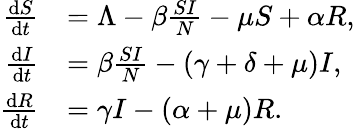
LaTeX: \begin{array}{rl}{\frac{\mathrm{d}S}{\mathrm{d}t}}&{=\Lambda-\beta\frac{SI}{N}-\mu S+\alpha R,}\\ {\frac{\mathrm{d}I}{\mathrm{d}t}}&{=\beta\frac{SI}{N}-(\gamma+\delta+\mu)I,}\\ {\frac{\mathrm{d}R}{\mathrm{d}t}}&{=\gamma I-(\alpha+\mu)R.}\end{array}